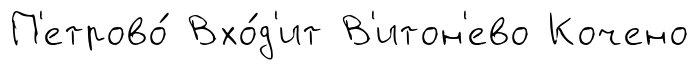
П'етрово́ Вхо́д'ит В'итон'ево Кочено